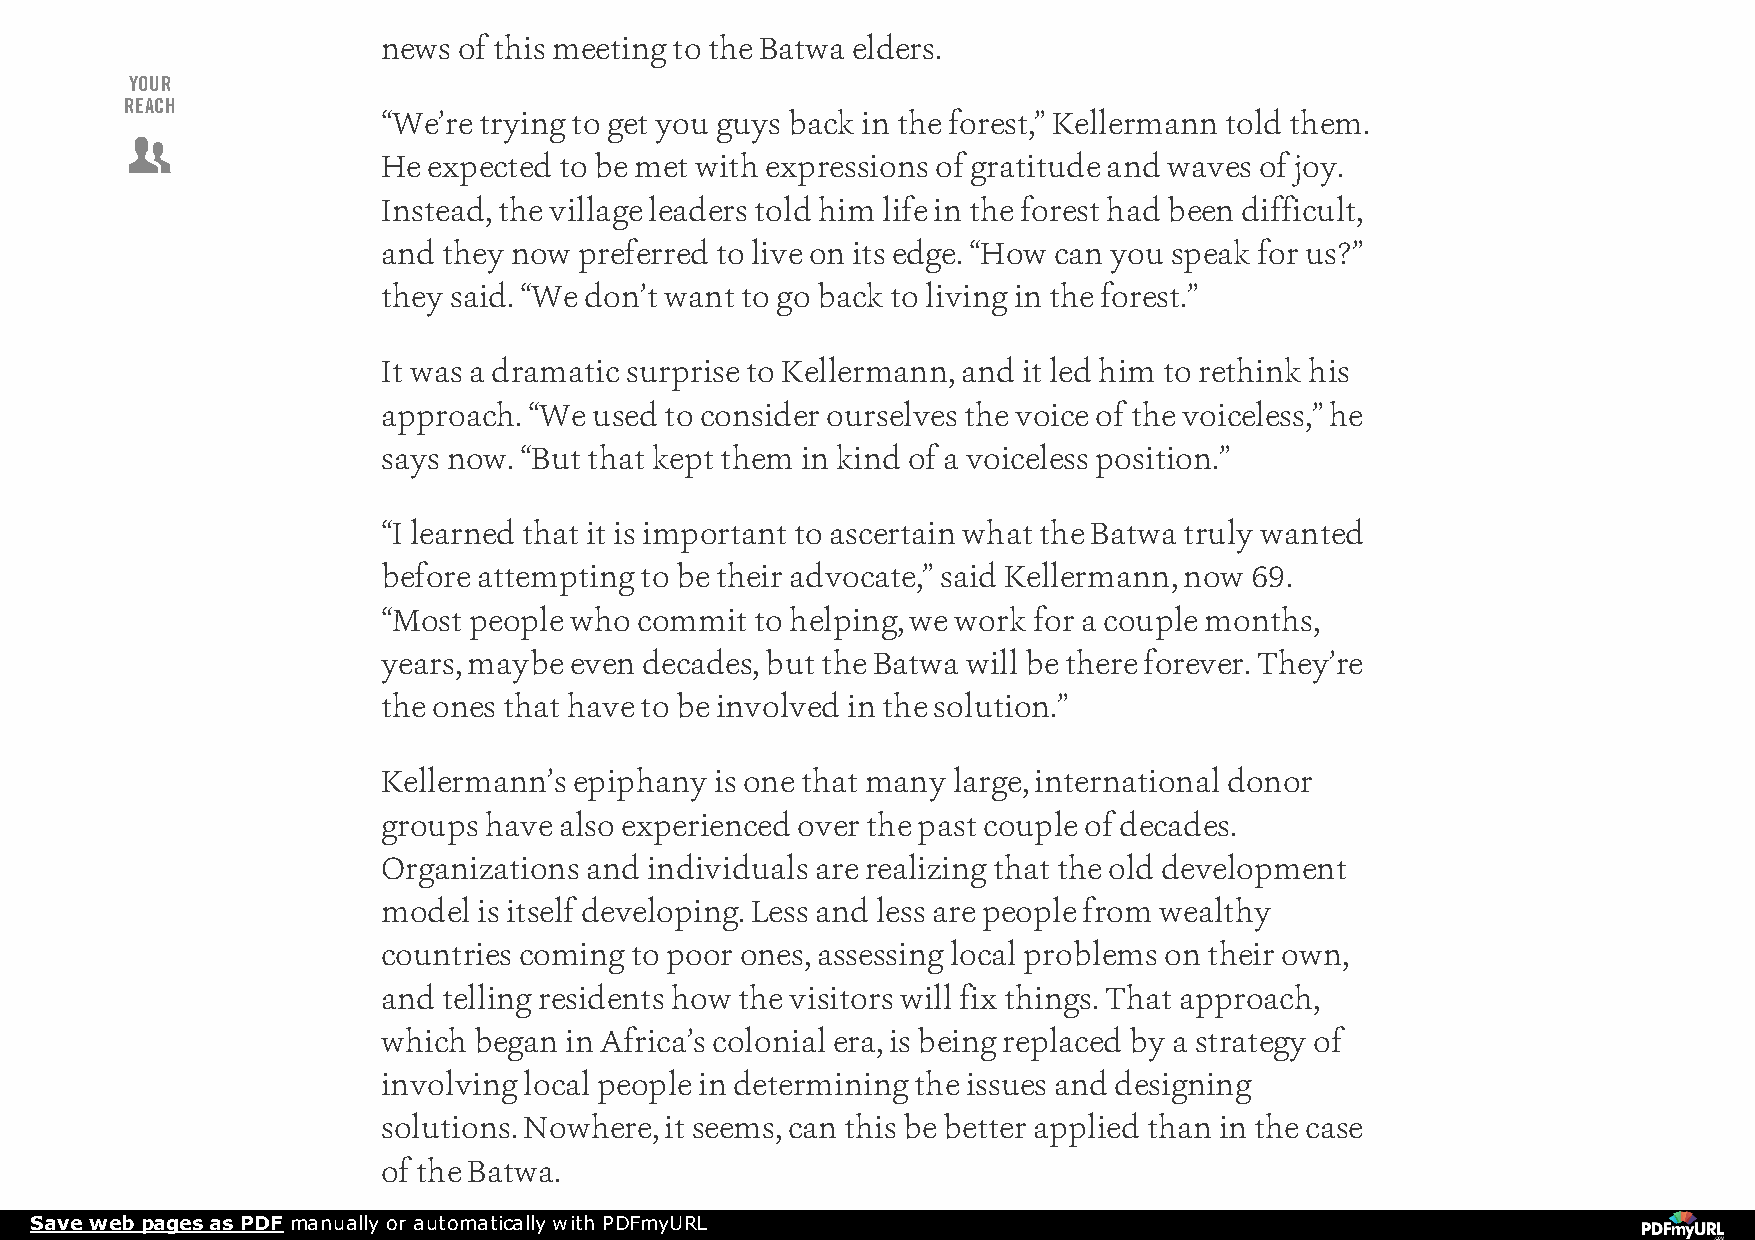
news of this meeting to the Batwa elders.
 YOUR
 REACH
 “We’re trying to get you guys back in the forest,” Kellermann told them.
 
 He expected to be met with expressions of gratitude and waves of joy.
 Instead, the village leaders told him life in the forest had been difficult,
 and they now preferred to live on its edge. “How can you speak for us?”
 they said. “We don’t want to go back to living in the forest.”
 It was a dramatic surprise to Kellermann, and it led him to rethink his
 approach. “We used to consider ourselves the voice of the voiceless,” he
 says now. “But that kept them in kind of a voiceless position.”
 “I learned that it is important to ascertain what the Batwa truly wanted
 before attempting to be their advocate,” said Kellermann, now 69.
 “Most people who commit  to helping, we work for a couple months,
 years, maybe even decades, but the Batwa will be there forever. They’re
 the ones that have to be involved in the solution.”
 Kellermann’s epiphany is one that many large, international donor
 groups have also experienced over the past couple of decades.
 Organizations and individuals are realizing that the old development
 model  is itself developing. Less and less are people from wealthy
 countries coming to poor ones, assessing local problems on their own,
 and telling residents how the visitors will fix things. That approach,
 which began in Africa’s colonial era, is being replaced by a strategy of
 involving local people in determining the issues and designing
 solutions. Nowhere, it seems, can this be better applied than in the case
 of the Batwa.
 Save web pages as PDF manually or automatically with PDFmyURL